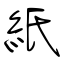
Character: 紙